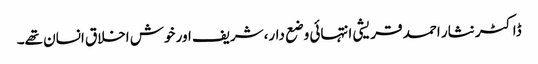
ڈاکٹر نثار احمد قریشی انتہائی وضع دار،شریف اور خوش اخلاق انسان تھے۔